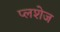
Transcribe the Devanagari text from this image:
प्लशेज